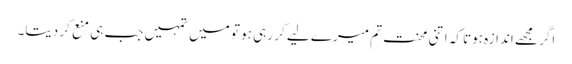
اگر مجھے اندازہ ہوتا کہ اتنی محنت تم میرے لیے کر رہی ہو تو میں تمہیں جب ہی منع کر دیتا۔